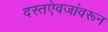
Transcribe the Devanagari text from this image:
दस्तऐवजांवरून